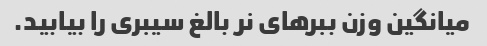
میانگین وزن ببرهای نر بالغ سیبری را بیابید.